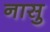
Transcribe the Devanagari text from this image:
नासु